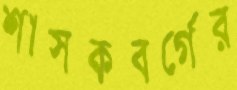
শাসকবর্গের